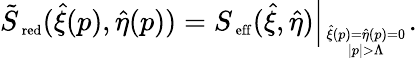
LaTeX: \left.\tilde{S}_{\mathrm{\scriptsize~red}}(\hat{\xi}(p),\hat{\eta}(p))=S_{\mathrm{\scriptsize~eff}}(\hat{\xi},\hat{\eta})\right|_{\hat{\xi}(p)=\hat{\eta}(p)=0\atop{|p|>\Lambda}}.